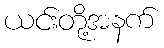
ယင်းတို့အနက်